38_143685_box_Incident_Summaries_101-172
Agency: Department of War
Page 3
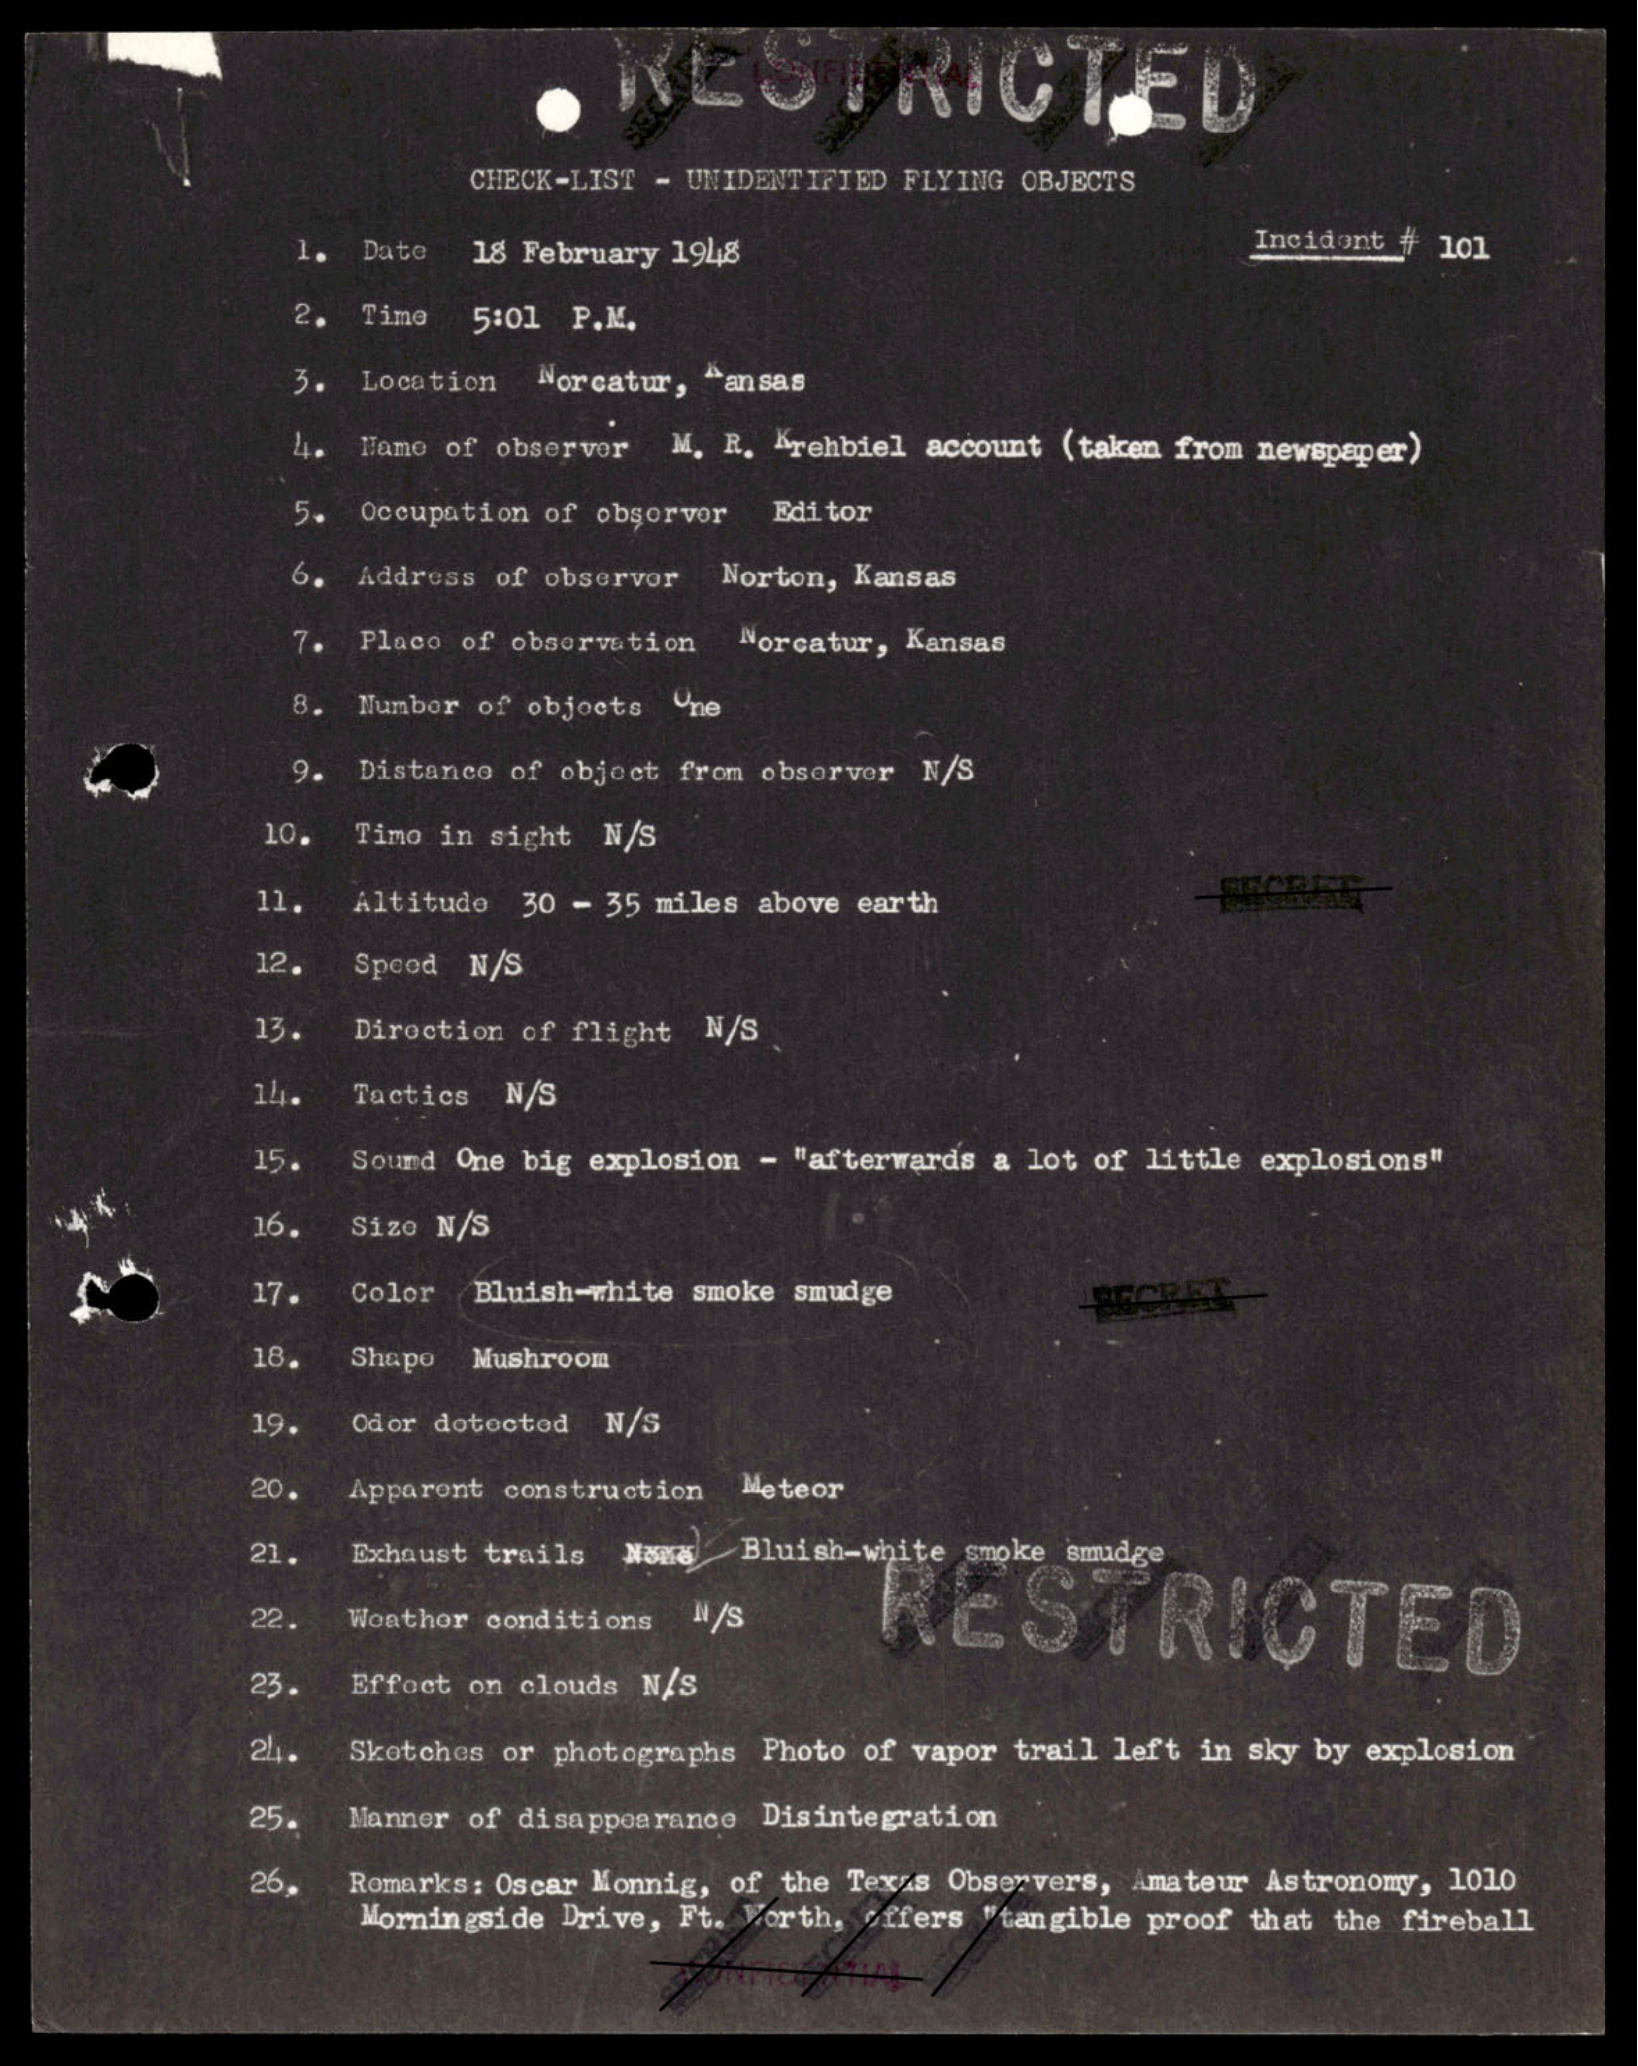